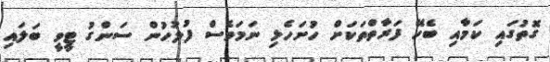
ގޮތުގައި ކަމާއި ބެހޭ ފަރާތްތަކަށް ހުށަހެޅި ނަމަވެސް ފުލުހުން ސަންގު ޓީވީ ބަލައި